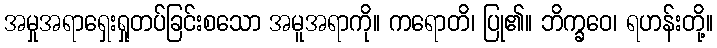
အမှုအရာရှေးရှုတပ်ခြင်းစသော အမူအရာကို။ ကရောတိ၊ ပြု၏။ ဘိက္ခဝေ၊ ရဟန်းတို့။